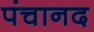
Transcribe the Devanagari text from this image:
पंचानद